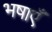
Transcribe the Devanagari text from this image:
भषाएँ